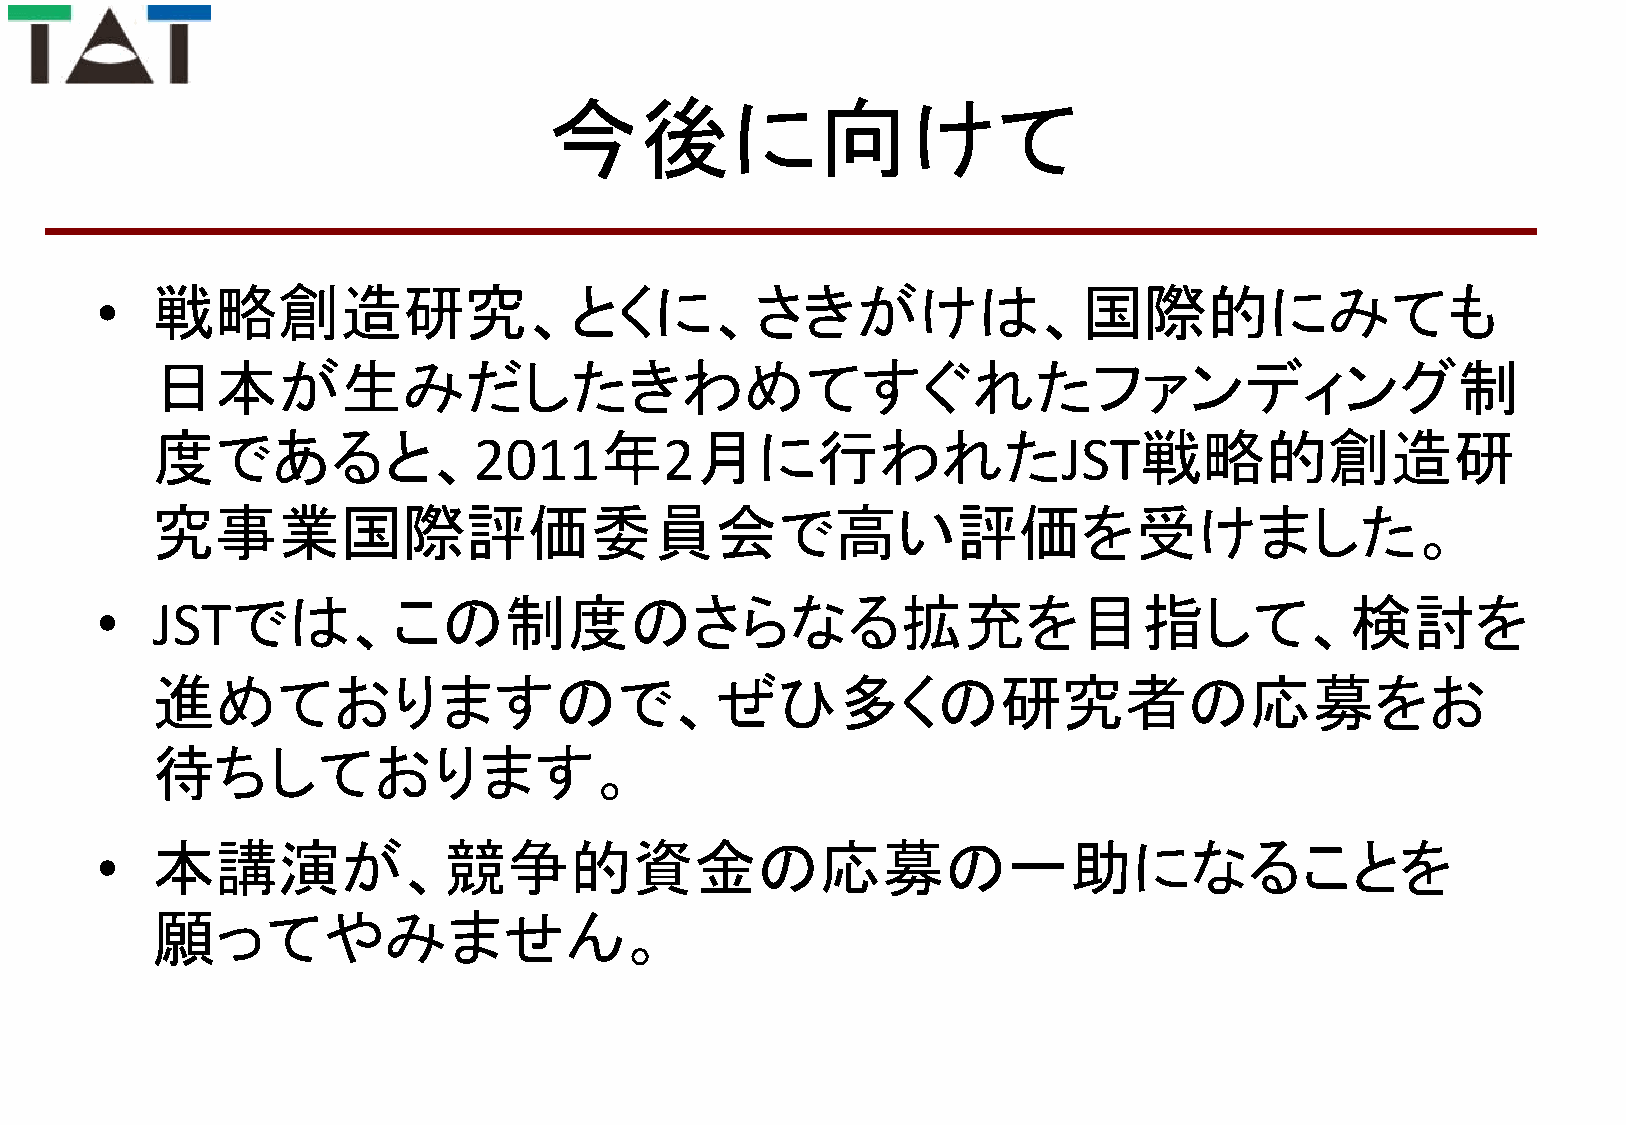
今後に向けて
 •   戦略創造研究、とくに、さきがけは、国際的にみても
 日本が生みだしたきわめてすぐれたファンディング制
 度であると、                        年     月に行われた                       戦略的創造研
 2011         2                         JST
 究事業国際評価委員会で高い評価を受けました。
 •   JSTでは、この制度のさらなる拡充を目指して、検討を
 進めておりますので、ぜひ多くの研究者の応募をお
 待ちしております。
 •   本講演が、競争的資金の応募の一助になることを
 願ってやみません。